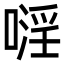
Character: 𠽍